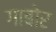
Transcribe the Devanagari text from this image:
गाबोर